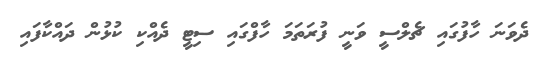
ދެވަނަ ހާފުގައި ޗެލްސީ ވަނީ ފުރަތަމަ ހާފްގައި ސިޓީ ދެއްކި ކުޅުން ދައްކާފައި